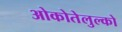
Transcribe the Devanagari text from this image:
ओकोतेलुल्को